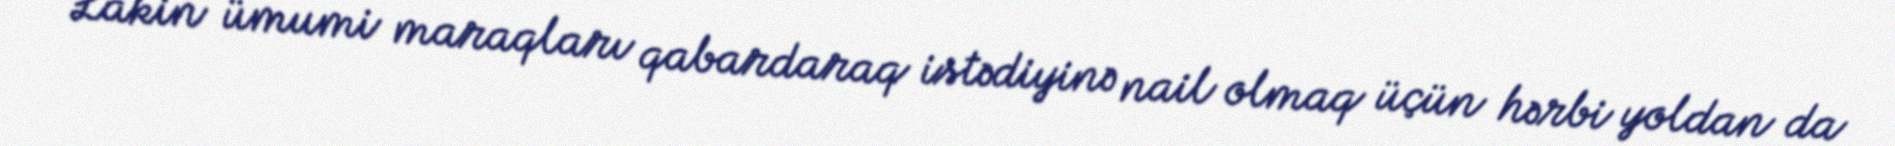
“Lakin ümumi maraqları qabardaraq istədiyinə nail olmaq üçün hərbi yoldan da